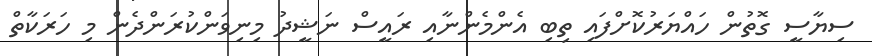
ސިޔާސީ ގޮތުން ހައްޔަރުކޮށްފައި ތިބި އެންމެންނާއި ރައީސް ނަޝީދު މިނިވަންކުރަންދެން މި ހަރަކާތް